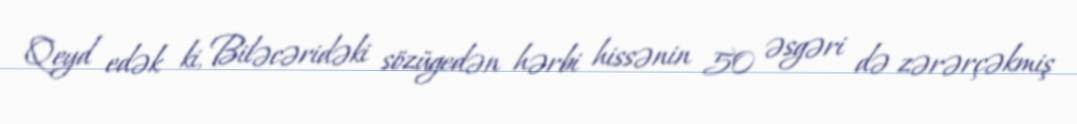
Qeyd edək ki, Biləcəridəki sözügedən hərbi hissənin 50 əsgəri də zərərçəkmiş